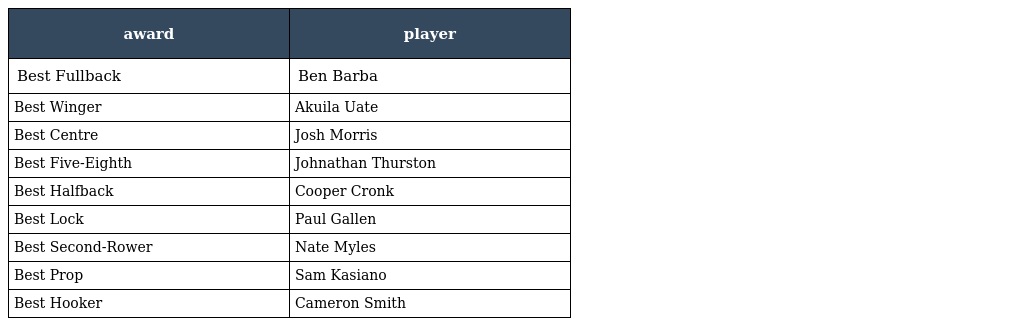
| award | player |
 | --- | --- |
 | Best Fullback | Ben Barba |
 | Best Winger | Akuila Uate |
 | Best Centre | Josh Morris |
 | Best Five-Eighth | Johnathan Thurston |
 | Best Halfback | Cooper Cronk |
 | Best Lock | Paul Gallen |
 | Best Second-Rower | Nate Myles |
 | Best Prop | Sam Kasiano |
 | Best Hooker | Cameron Smith |